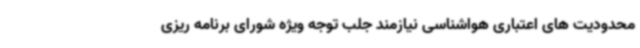
محدودیت های اعتباری هواشناسی نیازمند جلب توجه ویژه شورای برنامه ریزی